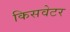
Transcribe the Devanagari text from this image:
किसवेटर